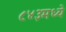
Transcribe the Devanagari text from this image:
८४३मध्ये